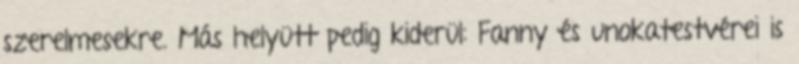
szerelmesekre. Más helyütt pedig kiderül: Fanny és unokatestvérei is